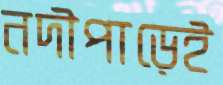
নদীপাড়েই